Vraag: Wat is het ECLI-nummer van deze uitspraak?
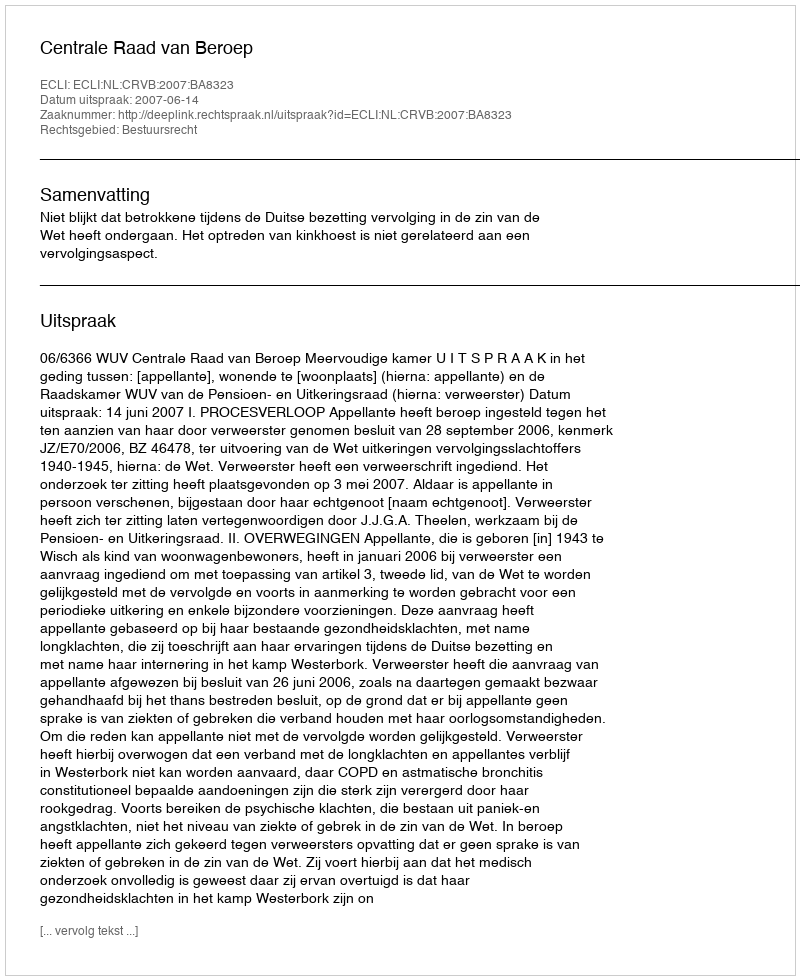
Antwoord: ECLI:NL:CRVB:2007:BA8323